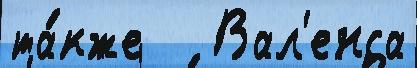
та́кже   Вал'енса